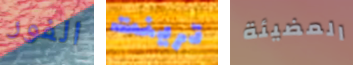
الفور ترينت المضيئة